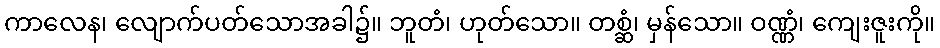
ကာလေန၊ လျောက်ပတ်သောအခါ၌။ ဘူတံ၊ ဟုတ်သော။ တစ္ဆံ၊ မှန်သော။ ဝဏ္ဏံ၊ ကျေးဇူးကို။